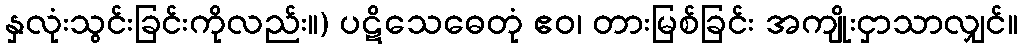
နှလုံးသွင်းခြင်းကိုလည်း။) ပဋိသေဓေတုံ ဧဝ၊ တားမြစ်ခြင်း အကျိုးငှာသာလျှင်။